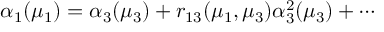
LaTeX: \alpha _ { 1 } ( \mu _ { 1 } ) = \alpha _ { 3 } ( \mu _ { 3 } ) + r _ { 1 3 } ( \mu _ { 1 } , \mu _ { 3 } ) \alpha _ { 3 } ^ { 2 } ( \mu _ { 3 } ) + \cdots \,